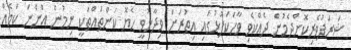
ޝަރަފުވެރިކޮށްދެމުން ދެއްކެވި ވާހަކަފުޅުގައި އިތުރަށް ވިދާޅުވީ ހެޔޮ ކަންތައްތަކީ ނިމުން އަންނަ ކަމެއް